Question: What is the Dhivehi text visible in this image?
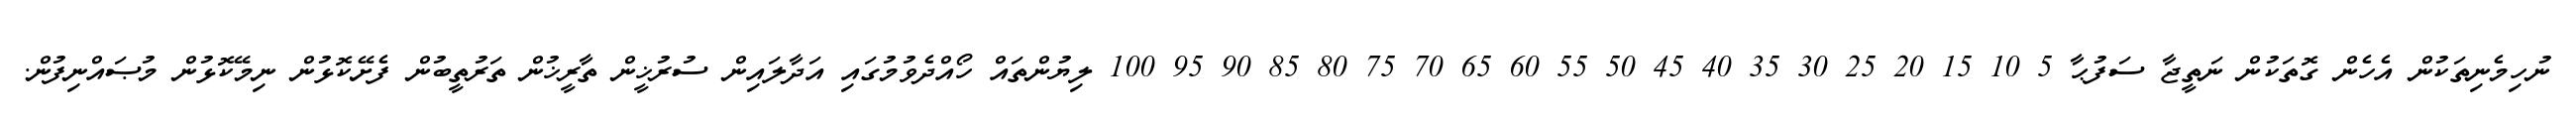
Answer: ނުހިމެނިތަކުން އެހެން ގޮތަކުން ނަތީޖާ ސަފުޙާ 5 10 15 20 25 30 35 40 45 50 55 60 65 70 75 80 85 90 95 100 ލިޔުންތައް ހޯއްދެވުމުގައި އަދާލައިން ސުރުޚީން ތާރީޚުން ތަރުތީބުން ފެށޭކޮޅުން ނިމޭކޮޅުން މުޞައްނިފުން.